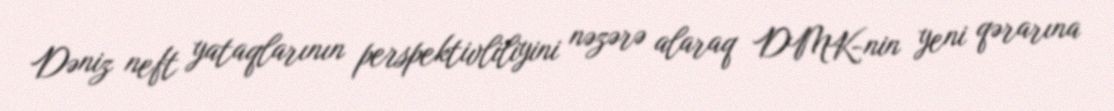
Dəniz neft yataqlarının perspektivliliyini nəzərə alaraq DMK-nin yeni qərarına